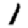
Digit: 1